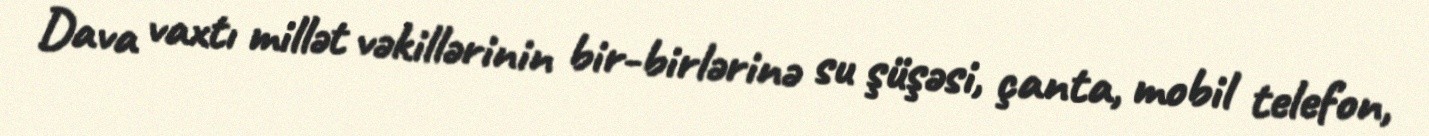
Dava vaxtı millət vəkillərinin bir-birlərinə su şüşəsi, çanta, mobil telefon,